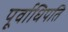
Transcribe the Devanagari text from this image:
पूर्वाधिपति